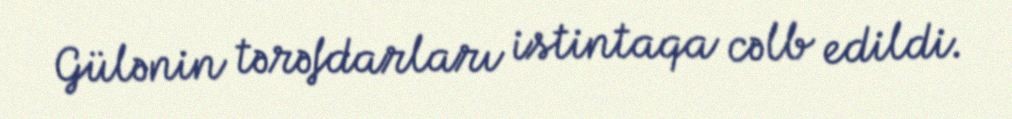
Gülənin tərəfdarları istintaqa cəlb edildi.